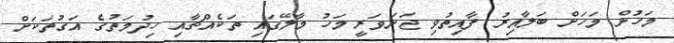
މަހުން މަހަށް ބަލާއިރު ފާއިތުވި ޖަނަވަރީ މަހު މާލޭގައި ތަކެއްޗާއި ހިދުމަތުގެ އަގުތަކަށް